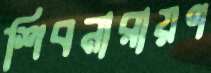
শিবনারায়ণ